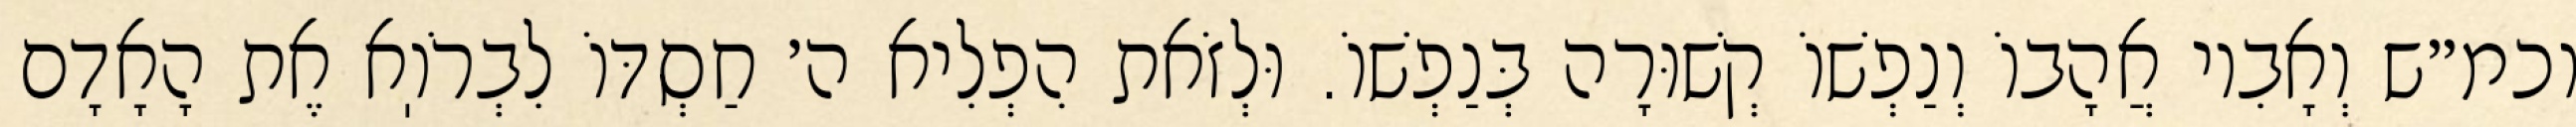
וכמ״ש וְאָבִיו אֲהָבוֹ וְנַפְשׁוֹ קְשׁוּרָה בְּנַפְשׁוֹ. וּלְזֹאת הִפְלִיא ה׳ חַסְדּוֹ לִבְרֹוֽא אֶת הָאָדָם